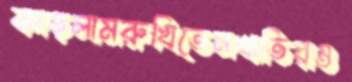
কাড়লামরুখিতেনখাতিরও